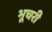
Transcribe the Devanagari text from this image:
भूचरी